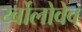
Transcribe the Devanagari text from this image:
र्य्बोलोवेव्